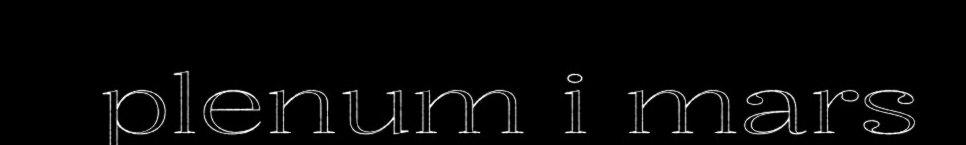
plenum i mars